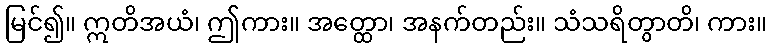
မြင်၍။ ဣတိအယံ၊ ဤကား။ အတ္ထော၊ အနက်တည်း။ သံသရိတွာတိ၊ ကား။